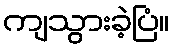
ကျသွားခဲ့ပြံ။